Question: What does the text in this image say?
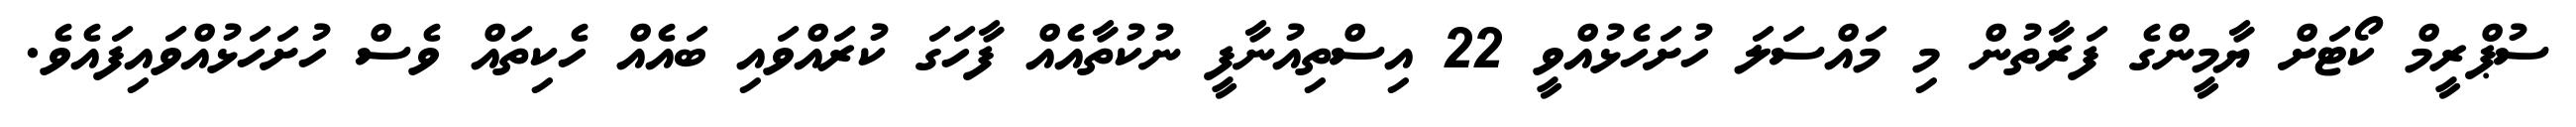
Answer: ސުޕްރީމް ކޯޓަށް ޔާމީންގެ ފަރާތުން މި މައްސަލަ ހުށަހެޅުއްވީ 22 އިސްތިއުނާފީ ނުކުތާއެއް ފާހަގަ ކުރައްވައި ބައެއް ހެކިތައް ވެސް ހުށަހަޅުއްވައިފައެވެ.